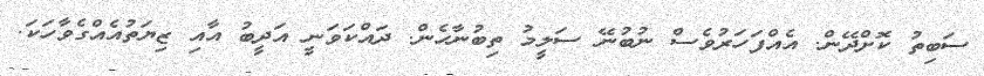
ސަބިތު ކޮށްދޭން. އެއްފަހަރުވެސް ނުބުނޭ ސަލީމު ތިބުނާހެން. ދައްކަވަނީ އަދީބު އާއި ޒިޔަތުއެއްގެވާހަކަ.